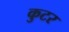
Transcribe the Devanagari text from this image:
कुटर